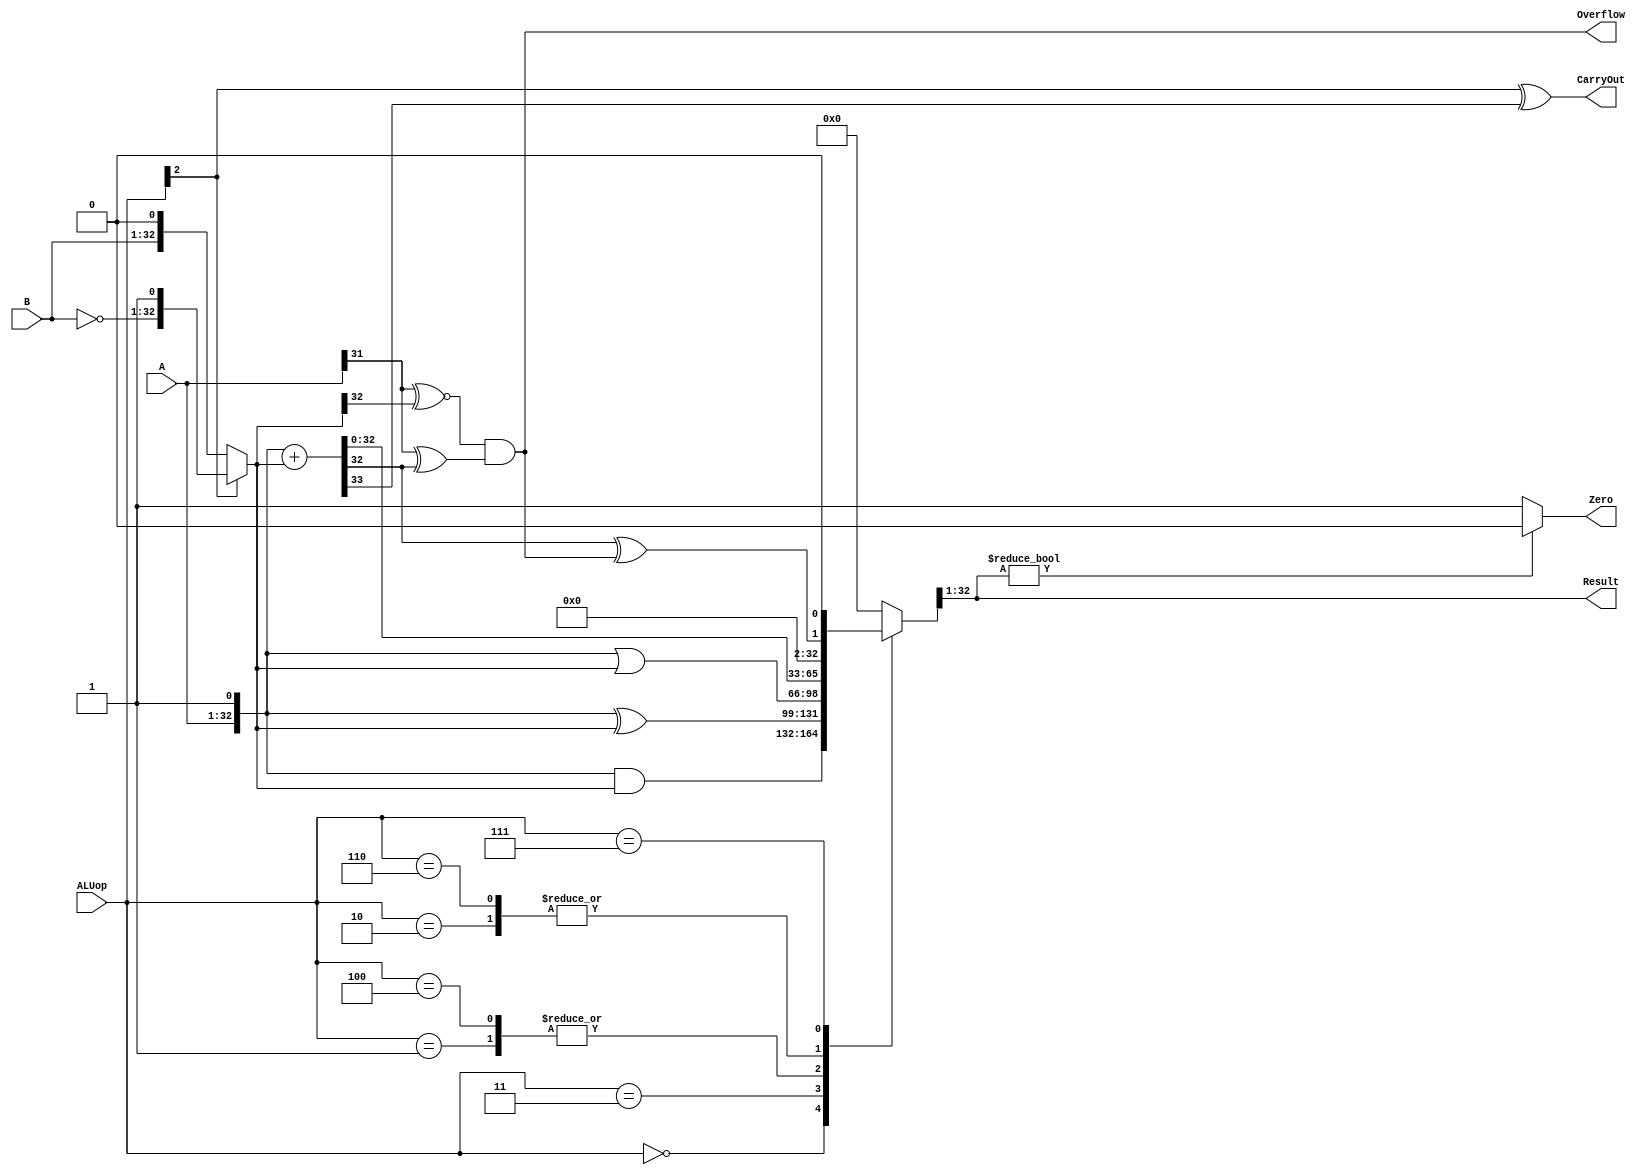
`timescale 10 ns / 1 ns

`define DATA_WIDTH 32

module alu(
	input [`DATA_WIDTH - 1:0] A,
	input [`DATA_WIDTH - 1:0] B,
	input [2:0] ALUop,
	output Overflow,
	output CarryOut,
	output Zero,
	output [`DATA_WIDTH - 1:0] Result
);
	reg [`DATA_WIDTH + 1:0] result;
	wire [`DATA_WIDTH + 1 :0] middle1;
	wire middle2;
	wire [`DATA_WIDTH :0] middle3;
	// TODO: Please add your logic code here
	always @(*)
	begin 
		case(ALUop)
			3'b000:
				result <= {A,1'b1} & middle3;
			3'b001:
				result <= {A,1'b1} | middle3;
			3'b011:
				result <= {A,1'b1} ^ middle3;
			3'b100:
				result <= {A,1'b1} | middle3;
			3'b010:
				result <= middle1;
			3'b110:
				result <= middle1;
			3'b111:
				result <= {middle2,1'b0};
			default:
				result <= 32'b0;  
		endcase
	end
	assign middle1 = {A,1'b1} + middle3;
	assign middle2 = middle1[32] ^ Overflow;
	assign middle3 = ALUop[2]? {~B,1'b1}:{B,1'b0};
	assign Zero = (Result)?1'b0:1'b1;
	assign Result = result[32:1];
	assign CarryOut = ALUop[2]^middle1[33];
	assign Overflow = (A[31]^~middle3[32])&&(A[31]^middle1[32]);

endmodule